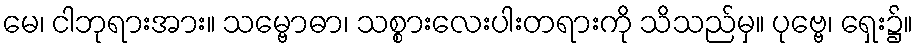
မေ၊ ငါဘုရားအား။ သမ္ဗောဓာ၊ သစ္စားလေးပါးတရားကို သိသည်မှ။ ပုဗ္ဗေ၊ ရှေး၌။